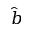
\hat { b }